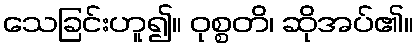
သေခြင်းဟူ၍။ ဝုစ္စတိ၊ ဆိုအပ်၏။